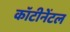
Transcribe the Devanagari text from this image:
कॉटीनेंटल